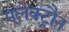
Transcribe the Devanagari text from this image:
एलेक्ट्रौन